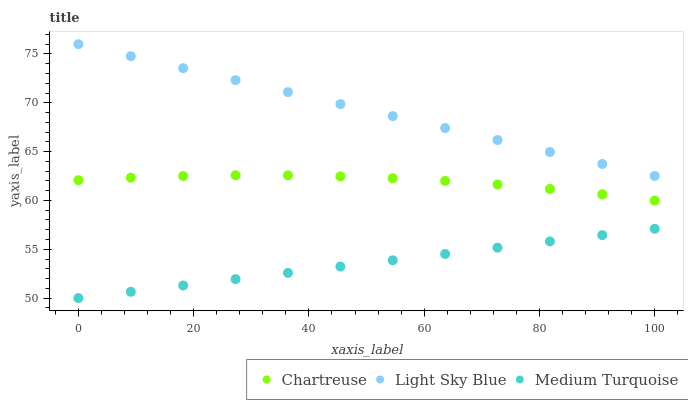
| xaxis_label | Chartreuse | Light Sky Blue | Medium Turquoise |
 | --- | --- | --- | --- |
 | 0 | 62.1 | 76 | 50 |
 | 9.09 | 62.3 | 74.8 | 50.6 |
 | 18.2 | 62.5 | 73.5 | 51.3 |
 | 27.3 | 62.6 | 72.3 | 51.9 |
 | 36.4 | 62.6 | 71.1 | 52.6 |
 | 45.5 | 62.5 | 69.9 | 53.2 |
 | 54.5 | 62.3 | 68.6 | 53.9 |
 | 63.6 | 62 | 67.4 | 54.5 |
 | 72.7 | 61.6 | 66.2 | 55.2 |
 | 81.8 | 61.2 | 65 | 55.8 |
 | 90.9 | 60.6 | 63.7 | 56.5 |
 | 100 | 60 | 62.5 | 57.1 |